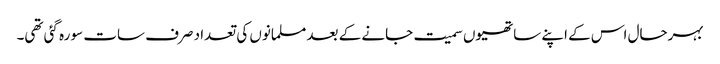
بہرحال اس کے اپنے ساتھیوں سمیت جانے کے بعد مسلمانوں کی تعداد صرف سات سو رہ گئی تھی۔